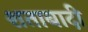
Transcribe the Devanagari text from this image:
शताबादी